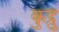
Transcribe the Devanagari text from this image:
कुद्रु